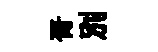
胥别